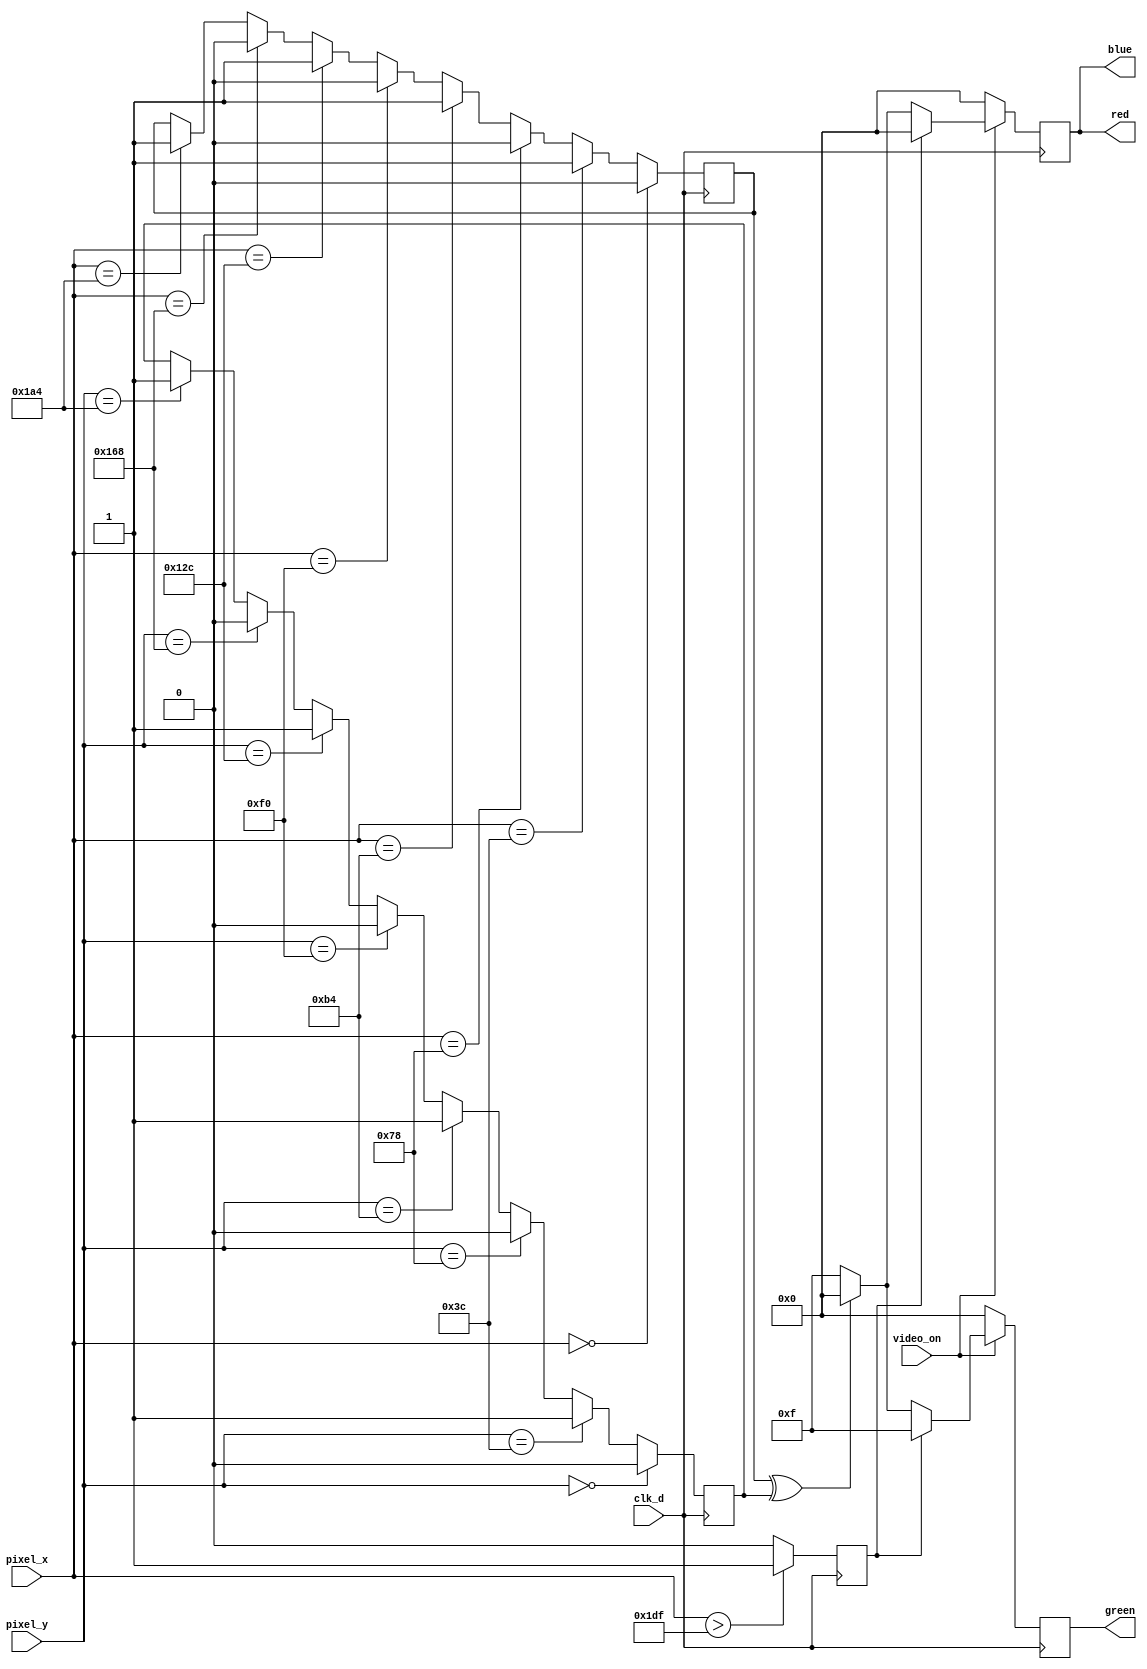
`timescale 1ns/1ps

module pixel_gen2( 
input clk_d,
input [9:0] pixel_x,
input [9:0] pixel_y,
input video_on,
output reg [3:0] red=0,
output reg [3:0] green=0,
output reg [3:0] blue=0
);
reg on;
reg hor;
reg vert;
reg greater;

initial
    begin 
    hor=1;
    greater=0;
    end
    
always @(posedge clk_d) 
begin
    if (pixel_y==0)
        vert=0;
    else if (pixel_y==60)
        vert=1;
    else if (pixel_y==120)
        vert=0;
    else if (pixel_y==180)
        vert=1;
    else if (pixel_y==240)
        vert=0;
    else if (pixel_y==300)
        vert=1;    
    else if (pixel_y==360)
        vert=0;
    else if (pixel_y==420)
        vert=1;
end
always @(posedge clk_d) 
begin
        if (pixel_x>479)
            greater=1;
        else
            greater=0;
            if (pixel_x==0)
        hor=0;
    else if (pixel_x==60)
        hor=1;
    else if (pixel_x==120)
        hor=0;
    else if (pixel_x==180)
        hor=1;
    else if (pixel_x==240)
        hor=0;
    else if (pixel_x==300)
        hor=1;    
    else if (pixel_x==360)
        hor=0;
    else if (pixel_x==420)
        hor=1;

end

always @(posedge clk_d) 
begin
    on=hor^vert;
    red <= video_on? (greater? (4'h0):(on? 4'h0:4'hF)): (4'h0);
    green <= video_on? (greater? (4'hF):(on? 4'h0:4'hF)): (4'h0);
    blue <= video_on? (greater? (4'h0):(on? 4'h0:4'hF)): (4'h0);
end

endmodule